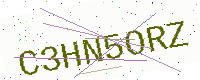
Text: C3HN5ORZ